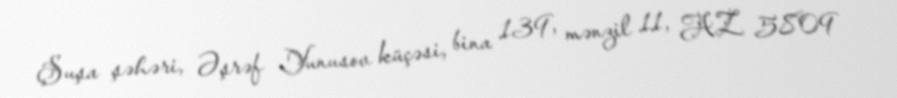
Şuşa şəhəri, Əşrəf Yunusov küçəsi, bina 139, mənzil 11, AZ 5809